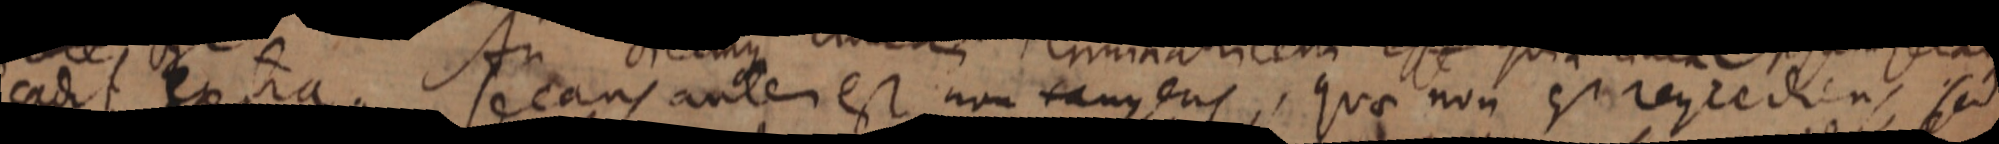
cadit extra Nican, secans autem est non tangens, quae non surencedum sed